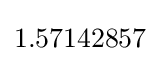
{\textstyle 1.57142857}